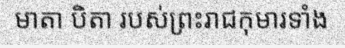
មាតា បិតា របស់ព្រះរាជកុមារទាំង